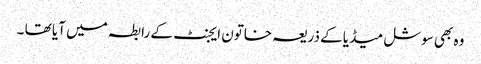
وہ بھی سوشل میڈیا کے ذریعہ خاتون ایجنٹ کے رابطہ میں آیا تھا ۔